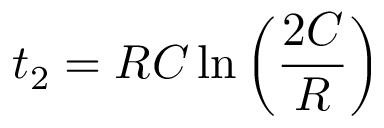
t _ { 2 } = R C \ln { \left( \frac { 2 C } { R } \right) }